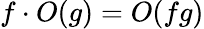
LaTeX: f\cdot O(g)=O(fg)